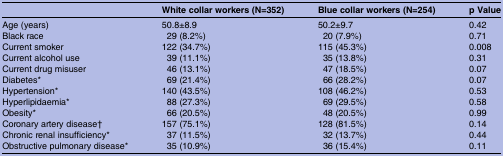
|  | White collar workers (N=352) | Blue collar workers (N=254) | p Value |
 | --- | --- | --- | --- |
 | Age (years) | 50.8±8.9 | 50.2±9.7 | 0.42 |
 | Black race | 29 (8.2%) | 20 (7.9%) | 0.71 |
 | Current smoker | 122 (34.7%) | 115 (45.3%) | 0.008 |
 | Current alcohol use | 39 (11.1%) | 35 (13.8%) | 0.31 |
 | Current drug misuser | 46 (13.1%) | 47 (18.5%) | 0.07 |
 | Diabetes* | 69 (21.4%) | 66 (28.2%) | 0.07 |
 | Hypertension* | 140 (43.5%) | 108 (46.2%) | 0.53 |
 | Hyperlipidaemia* | 88 (27.3%) | 69 (29.5%) | 0.58 |
 | Obesity* | 66 (20.5%) | 48 (20.5%) | 0.99 |
 | Coronary artery disease† | 157 (75.1%) | 128 (81.5%) | 0.14 |
 | Chronic renal insufficiency* | 37 (11.5%) | 32 (13.7%) | 0.44 |
 | Obstructive pulmonary disease* | 35 (10.9%) | 36 (15.4%) | 0.11 |